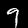
Digit: 9